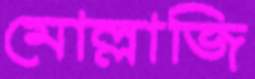
মোল্লাজি